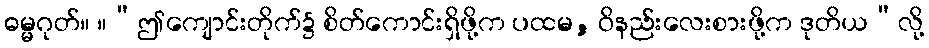
ဓမ္မဂုတ်။ ။“ဤကျောင်းတိုက်၌ စိတ်ကောင်းရှိဖို့က ပထမ, ဝိနည်းလေးစားဖို့က ဒုတိယ”လို့